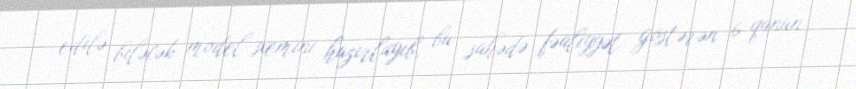
edilə biləcək model-sxemini hazırlayıb, bu sahədə fəaliyyət göstərən 6 qanun